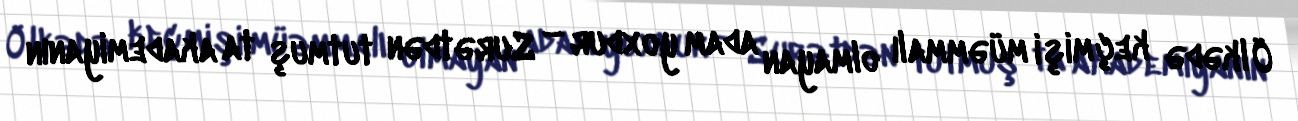
Ölkədə keçmişi müəmmalı olmayan adam yoxdur – Surətdən tutmuş ta akademiyanın